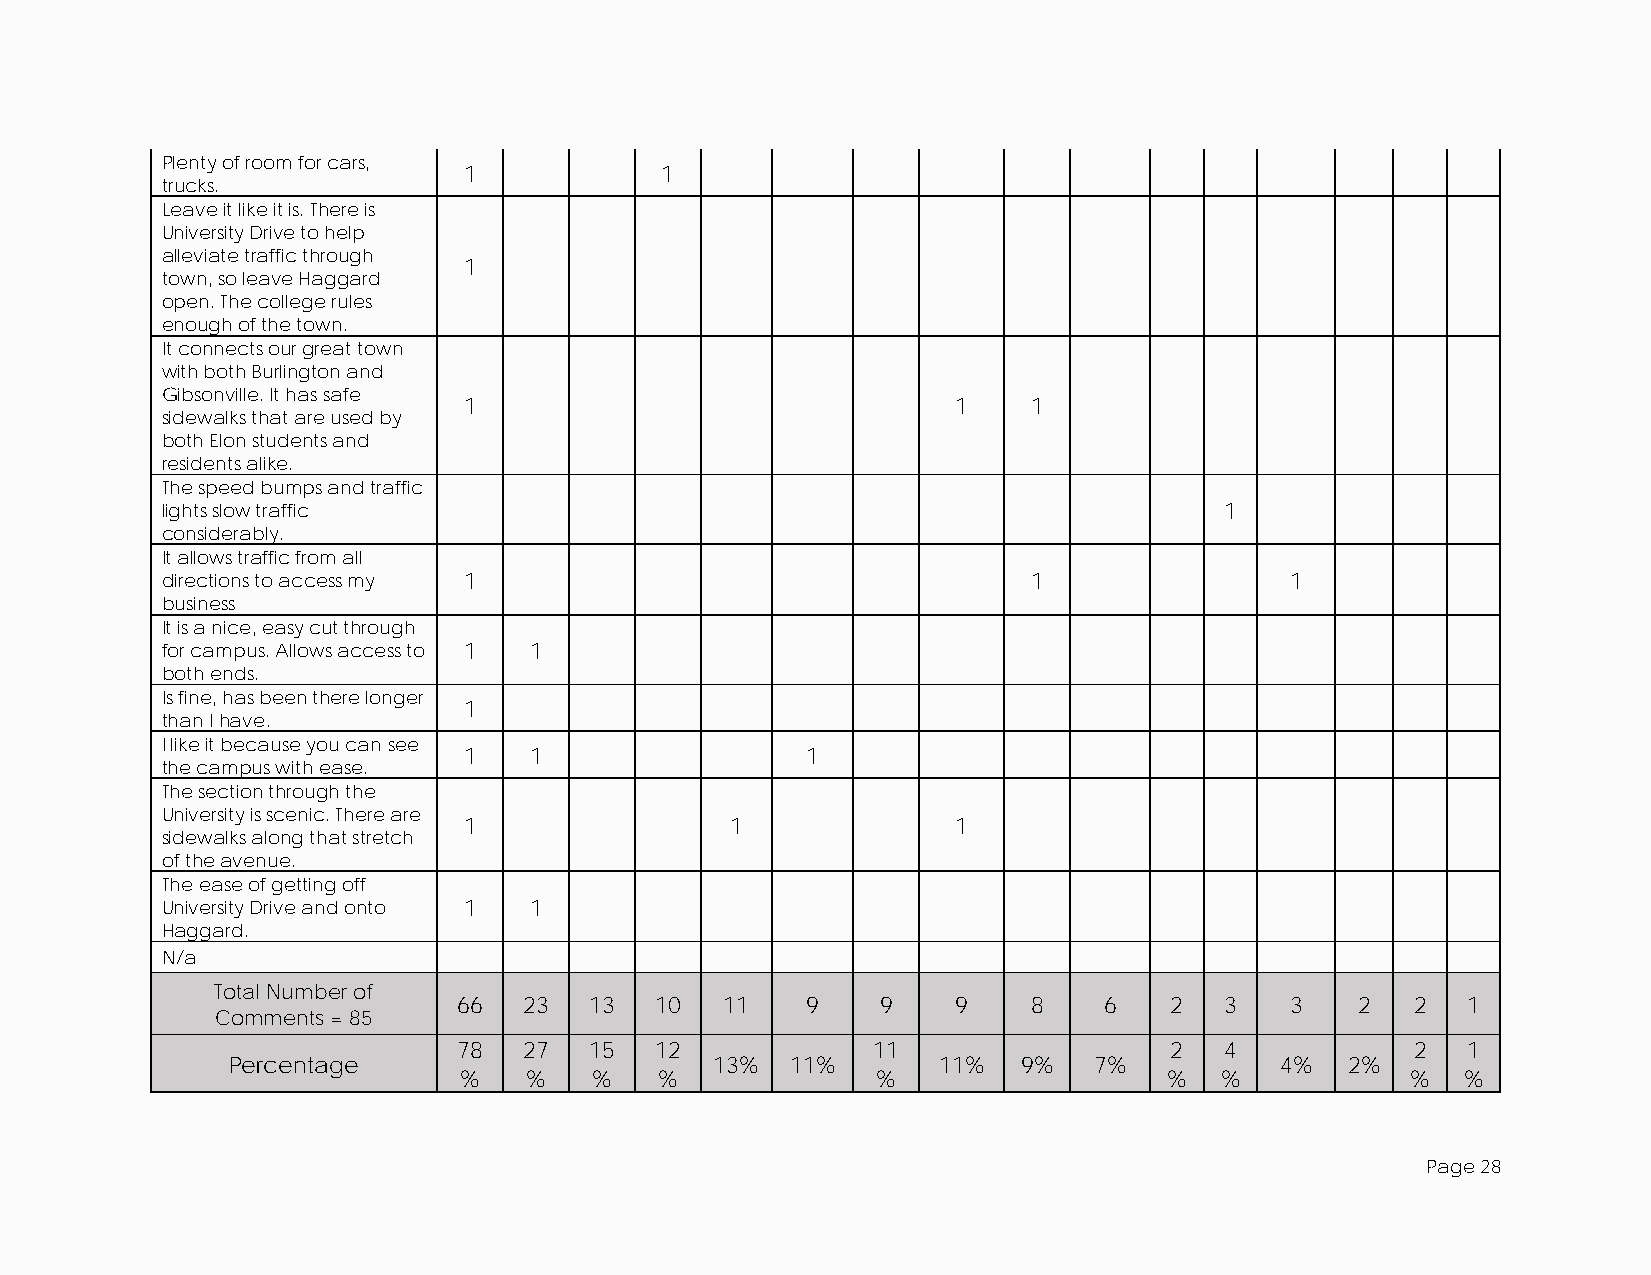
Plenty of room for cars,
 1            1
 trucks.
 Leave it like it is. There is
 University Drive to help
 alleviate traffic through
 1
 town, so leave Haggard
 open. The college rules
 enough of the town.
 It connects our great town
 with both Burlington and
 Gibsonville. It has safe
 1                               1    1
 sidewalks that are used by
 both Elon students and
 residents alike.
 The speed bumps and traffic
 lights slow traffic                                                   1
 considerably.
 It allows traffic from all
 directions to access my 1                                1                1
 business
 It is a nice, easy cut through
 for campus. Allows access to 1 1
 both ends.
 Is fine, has been there longer
 1
 than I have.
 I like it because you can see
 1   1                 1
 the campus with ease.
 The section through the
 University is scenic. There are
 1                1              1
 sidewalks along that stretch
 of the avenue.
 The ease of getting off
 University Drive and onto 1 1
 Haggard.
 N/a
 Total Number of
 66   23  13  10   11   9    9    9    8    6   2   3   3    2   2  1
 Comments = 85
 78   27  15  12             11                 2   4            2  1
 Percentage                      13%  11%       11%   9%  7%           4%  2%
 %    %   %    %             %                  %   %           %   %
 Page 28